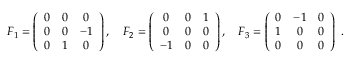
F _ { 1 } = \left( { \begin{array} { c c c } { 0 } & { 0 } & { 0 } \\ { 0 } & { 0 } & { - 1 } \\ { 0 } & { 1 } & { 0 } \end{array} } \right) , \quad F _ { 2 } = \left( { \begin{array} { c c c } { 0 } & { 0 } & { 1 } \\ { 0 } & { 0 } & { 0 } \\ { - 1 } & { 0 } & { 0 } \end{array} } \right) , \quad F _ { 3 } = \left( { \begin{array} { c c c } { 0 } & { - 1 } & { 0 } \\ { 1 } & { 0 } & { 0 } \\ { 0 } & { 0 } & { 0 } \end{array} } \right) ~ . \quad